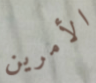
الأمرين